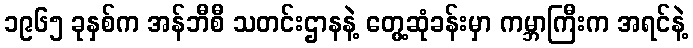
၁၉၆၅ ခုနှစ်က အန်ဘီစီ သတင်းဌာနနဲ့ တွေ့ဆုံခန်းမှာ ကမ္ဘာကြီးက အရင်နဲ့